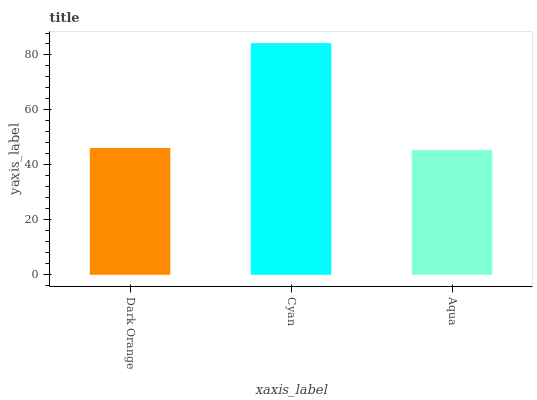
| xaxis_label | bars |
 | --- | --- |
 | Dark Orange | 46.2 |
 | Cyan | 84.3 |
 | Aqua | 45.4 |